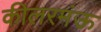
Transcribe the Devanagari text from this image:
कीलरमंऊ